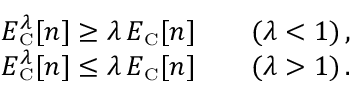
\begin{array} { r } { E _ { \scriptscriptstyle \mathrm { C } } ^ { \lambda } [ n ] \geq \lambda \, E _ { \scriptscriptstyle \mathrm { C } } [ n ] \qquad ( \lambda < 1 ) \, , } \\ { E _ { \scriptscriptstyle \mathrm { C } } ^ { \lambda } [ n ] \leq \lambda \, E _ { \scriptscriptstyle \mathrm { C } } [ n ] \qquad ( \lambda > 1 ) \, . } \end{array}